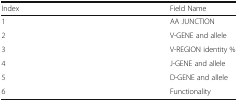
| Index | Field Name |
 | --- | --- |
 | 1 | AA JUNCTION |
 | 2 | V-GENE and allele |
 | 3 | V-REGION identity % |
 | 4 | J-GENE and allele |
 | 5 | D-GENE and allele |
 | 6 | Functionality |